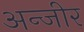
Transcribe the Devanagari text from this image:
अन्जीर